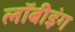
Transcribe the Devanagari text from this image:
लॉबीइंग